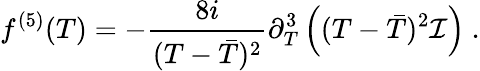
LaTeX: f^{(5)}(T)=-\frac{8i}{(T-\bar{T})^{2}}\partial_{T}^{3}\left((T-\bar{T})^{2}{\cal I}\right)\ .